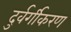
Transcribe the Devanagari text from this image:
दुर्वर्गीकरण